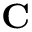
\mathbf { C }